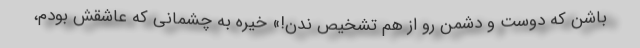
باشن که دوست و دشمن رو از هم تشخیص ندن!» خیره به چشمانی که عاشقش بودم،